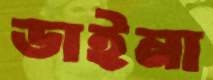
ডাইনা